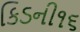
કિડની૧૬